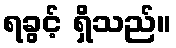
ရခွင့် ရှိသည်။